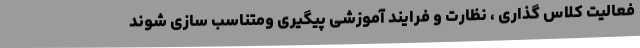
فعالیت کلاس گذاری ، نظارت و فرایند آموزشی پیگیری ومتناسب سازی شوند